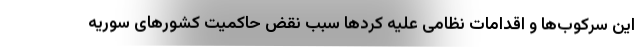
این سرکوب­ها و اقدامات نظامی علیه کرد‌ها سبب نقض حاکمیت کشور‌های سوریه